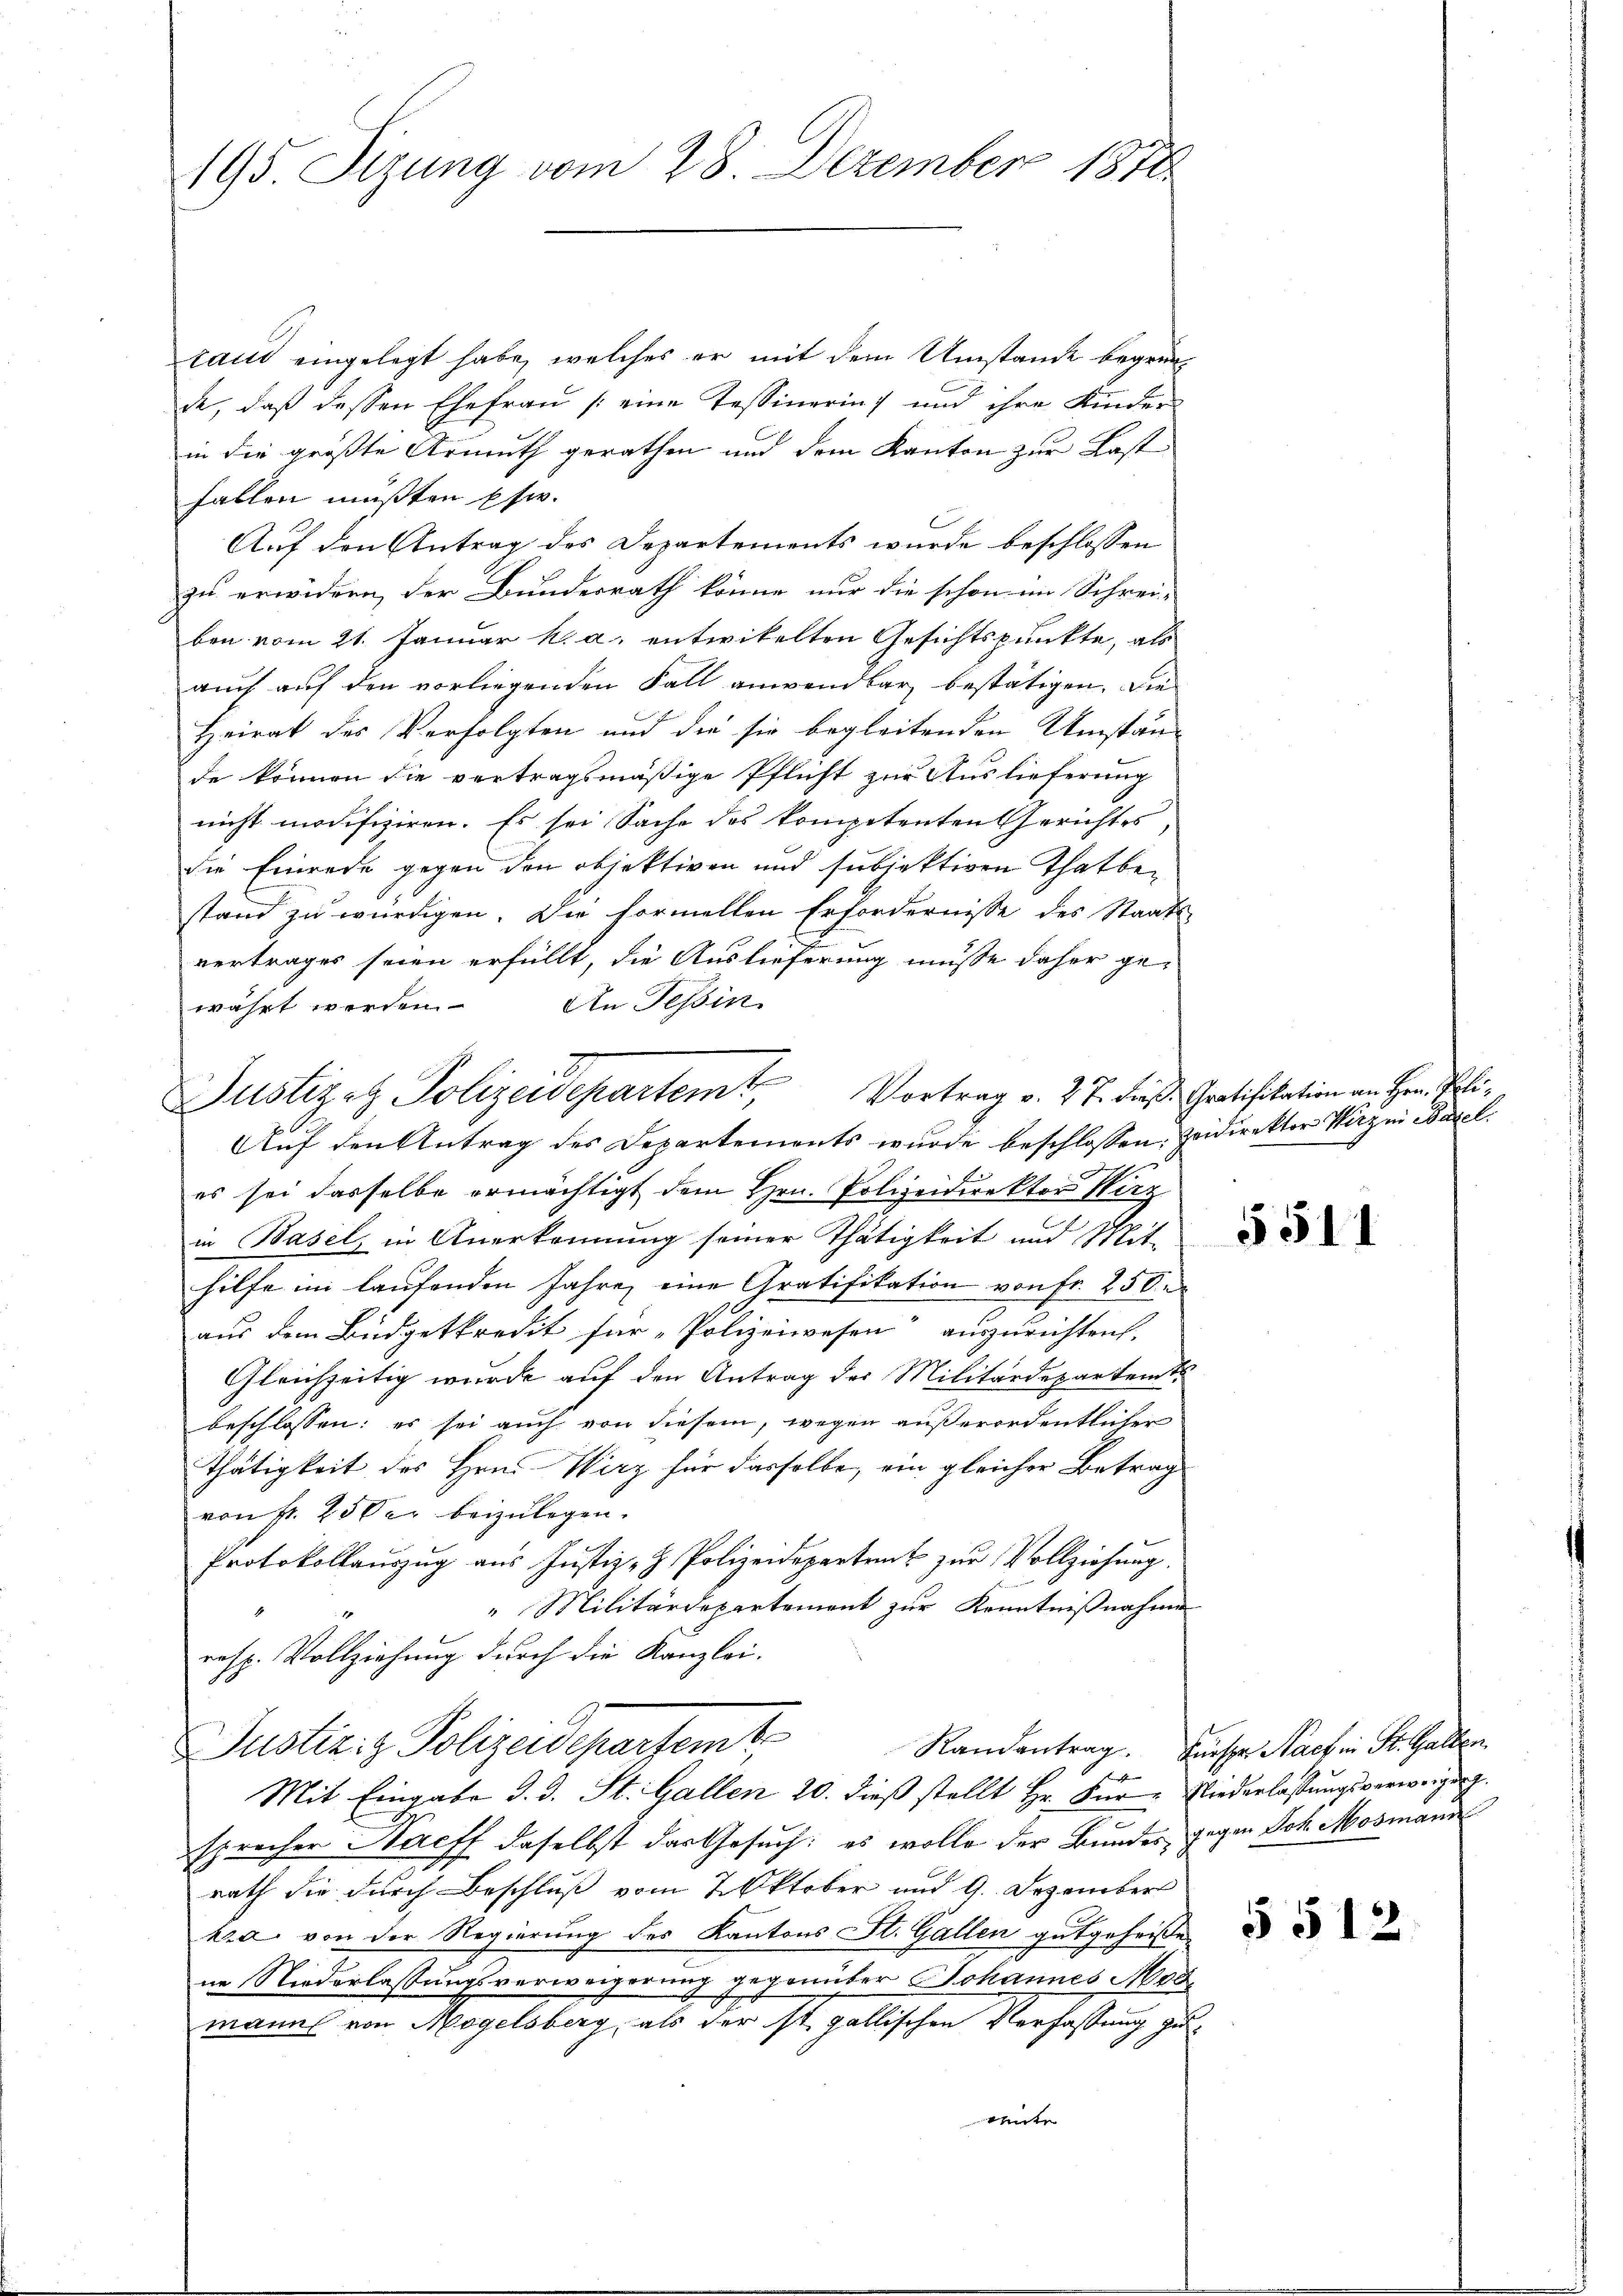
195. Sizung vom 28. Dezember 1871.

tand eingelegt habe, welches er mit dem Umstände begründe, daß dessen Ehefrau (eine Tessinerin) und ihre Kinder
in die größte Armuth gerathen und dem Kanton zur Last
fallen müßten sie.
Auf den Antrag des Departements wurde beschlossen
zu erwidern, der Bundesrath könne nur die schon im Schrei-
ben vom 21. Januar h. a. entwikelten Gesichtspunkte, als
auch auf den vorliegenden Fall anwendbar bestätigen. Die
Heirat des Verfolgten und die sie begleitenden Umständ
de können die vertragsmäßige Pflicht zur Auslieferung
nicht modifiziren. Es sei Sache des kompetenten Gerichtes,
die Einrede gegen den objektiven und subjektiven Thatbestand zu würdigen. Die formellen Erfordernisse des Staats-
vertrages seien erfüllt, die Auslieferung müsse daher ge-
währt werden. An Teßin
Auf den Antrag des Departements wurde beschlossen, zeidirektor Wirz in Basel.
es sei dasselbe ermächtigt dem Hrn. Polizeidirektor Wirz
in Basel in Anerkennung seiner Thätigkeit und Mit-
hilfe im laufenden Jahre, eine Gratifikation von Fr. 250
aus dem Büdgetkredit für Polizeiwesen auszurichten.
Gleichzeitig wurde auf den Antrag der Militärdepartent
beschlossen: es sei auch von diesem, wegen außerordentlicher
Thätigkeit des Hrn. Wirz für dasselbe, ein gleicher Betrag
von Fr. 25 Oer beizulegen.
Protokollaŭszŭg aŭs Justiz- & Polizeidepartent zŭr Vollziehung.
"Militärdepartement zur Kenntnißnahme
s
resp. Vollziehung durch die Kanzlei-
Justiz- & Polizeidepartemt,
Mit Eingabe d. d. St. Gallen 20. dieß stellt Hr. Für Niederlassungsverweigung
sprecher Haeff daselbst das Gesuch: es wolle der Bundes gegen Joh. Mosmann
rath die durch Beschluß vom 2. Oktober und 9. Dezember
kra von der Regierung des Kantons St. Gallen gutgeheiße
ne Niederlassungsverweigerung gegenüber Johannes Mob
mann von Mögelsberg, als der st. gallischen Verfassung zurente

Justizet Polizeidepartem Vortrag v. 27. dieß Gratifikation an Hr. Pli¬

5511

Randentrag. Fürspr. Nach in St. Gallen

§ 512